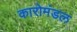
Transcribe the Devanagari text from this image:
कारोमंडल